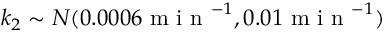
k _ { 2 } \sim N ( 0 . 0 0 0 6 \mathrm { ~ m ~ i ~ n ~ } ^ { - 1 } , 0 . 0 1 \mathrm { ~ m ~ i ~ n ~ } ^ { - 1 } )